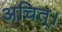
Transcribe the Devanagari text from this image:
अचित्‌।